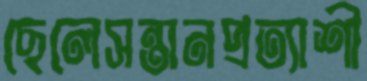
ছেলেসন্তানপ্রত্যাশী